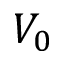
V _ { 0 }